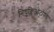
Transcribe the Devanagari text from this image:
नियुक्लिओटॉयड